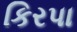
કિરપા